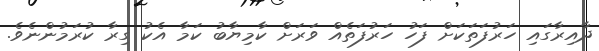
ދާއިރާގައި ހަރުފަތަކަށް ފަހު ހަރުފަތެއް ވަރަށް ކާމިޔާބު ކަމާ އެކު ގިރާ ކުރަމުންނެވެ.